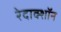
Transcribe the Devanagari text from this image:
रेदाक्शॉन